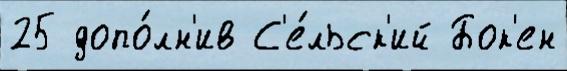
25 допо́лн'ив С'е́льск'ий Бок'ен